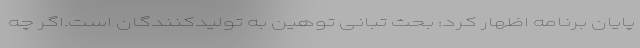
پایان برنامه اظهار کرد: بحث تبانی توهین به تولیدکنندگان است.اگر چه